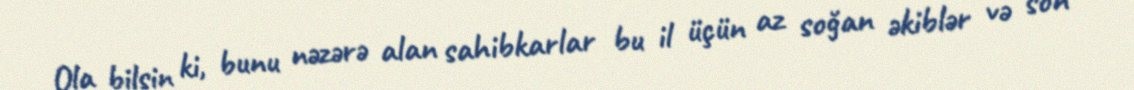
Ola bilsin ki, bunu nəzərə alan sahibkarlar bu il üçün az soğan əkiblər və son